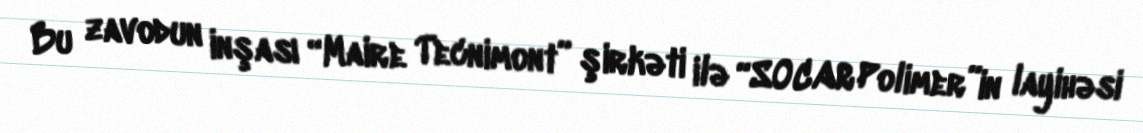
Bu zavodun inşası “Maire Tecnimont” şirkəti ilə “SOCAR Polimer”in layihəsi